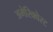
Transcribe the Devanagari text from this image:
अमेरिक्वेस्ट